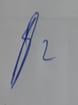
Signature authenticity: genuine